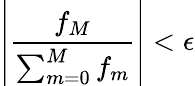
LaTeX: \left|\frac{f_{M}}{\sum_{m=0}^{M}f_{m}}\right|<\epsilon